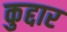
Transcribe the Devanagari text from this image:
कुद्दार